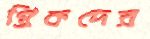
গ্রিকদের